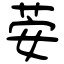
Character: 荌